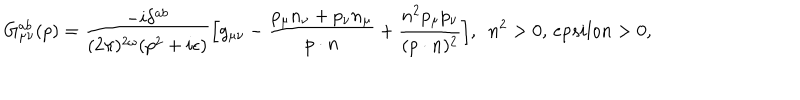
LaTeX: G _ { \mu \nu } ^ { a b } ( p ) = \frac { - i \delta ^ { a b } } { ( 2 \pi ) ^ { 2 \omega } ( p ^ { 2 } + i \epsilon ) } \Big [ g _ { \mu \nu } - \frac { p _ { \mu } n _ { \nu } + p _ { \nu } n _ { \mu } } { p \cdot n } + \frac { n ^ { 2 } p _ { \mu } p _ { \nu } } { ( p \cdot n ) ^ { 2 } } \Big ] , \ \ n ^ { 2 } > 0 , \, e p s i l o n > 0 ,